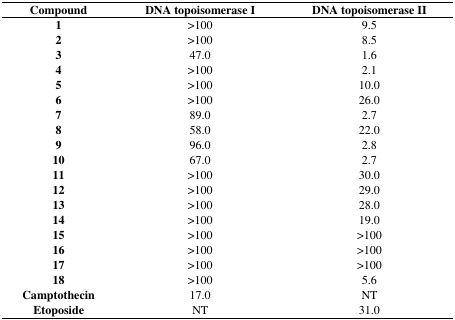
<table><thead><tr><td><b>Compound</b></td><td><b>DNA topoisomerase I </b></td><td><b>DNA topoisomerase II</b></td></tr></thead><tbody><tr><td>1</td><td>&gt;100</td><td>9.5</td></tr><tr><td>2</td><td>&gt;100</td><td>8.5</td></tr><tr><td>3</td><td>47.0 </td><td>1.6</td></tr><tr><td>4</td><td>&gt;100</td><td>2.1</td></tr><tr><td>5</td><td>&gt;100</td><td>10.0 </td></tr><tr><td>6</td><td>&gt;100</td><td>26.0 </td></tr><tr><td>7</td><td>89.0 </td><td>2.7</td></tr><tr><td>8</td><td>58.0 </td><td>22.0 </td></tr><tr><td>9</td><td>96.0 </td><td>2.8</td></tr><tr><td>10</td><td>67.0 </td><td>2.7</td></tr><tr><td>11</td><td>&gt;100</td><td>30.0 </td></tr><tr><td>12</td><td>&gt;100</td><td>29.0 </td></tr><tr><td>13</td><td>&gt;100</td><td>28.0 </td></tr><tr><td>14</td><td>&gt;100</td><td>19.0 </td></tr><tr><td>15</td><td>&gt;100</td><td>&gt;100</td></tr><tr><td>16</td><td>&gt;100</td><td>&gt;100</td></tr><tr><td>17</td><td>&gt;100</td><td>&gt;100</td></tr><tr><td>18</td><td>&gt;100</td><td>5.6</td></tr><tr><td>Camptothecin</td><td>17.0 </td><td>NT</td></tr><tr><td>Etoposide</td><td>NT</td><td>31.0 </td></tr></tbody></table>